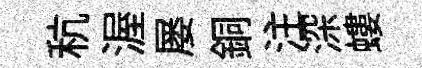
秔渥屡銅注深螻